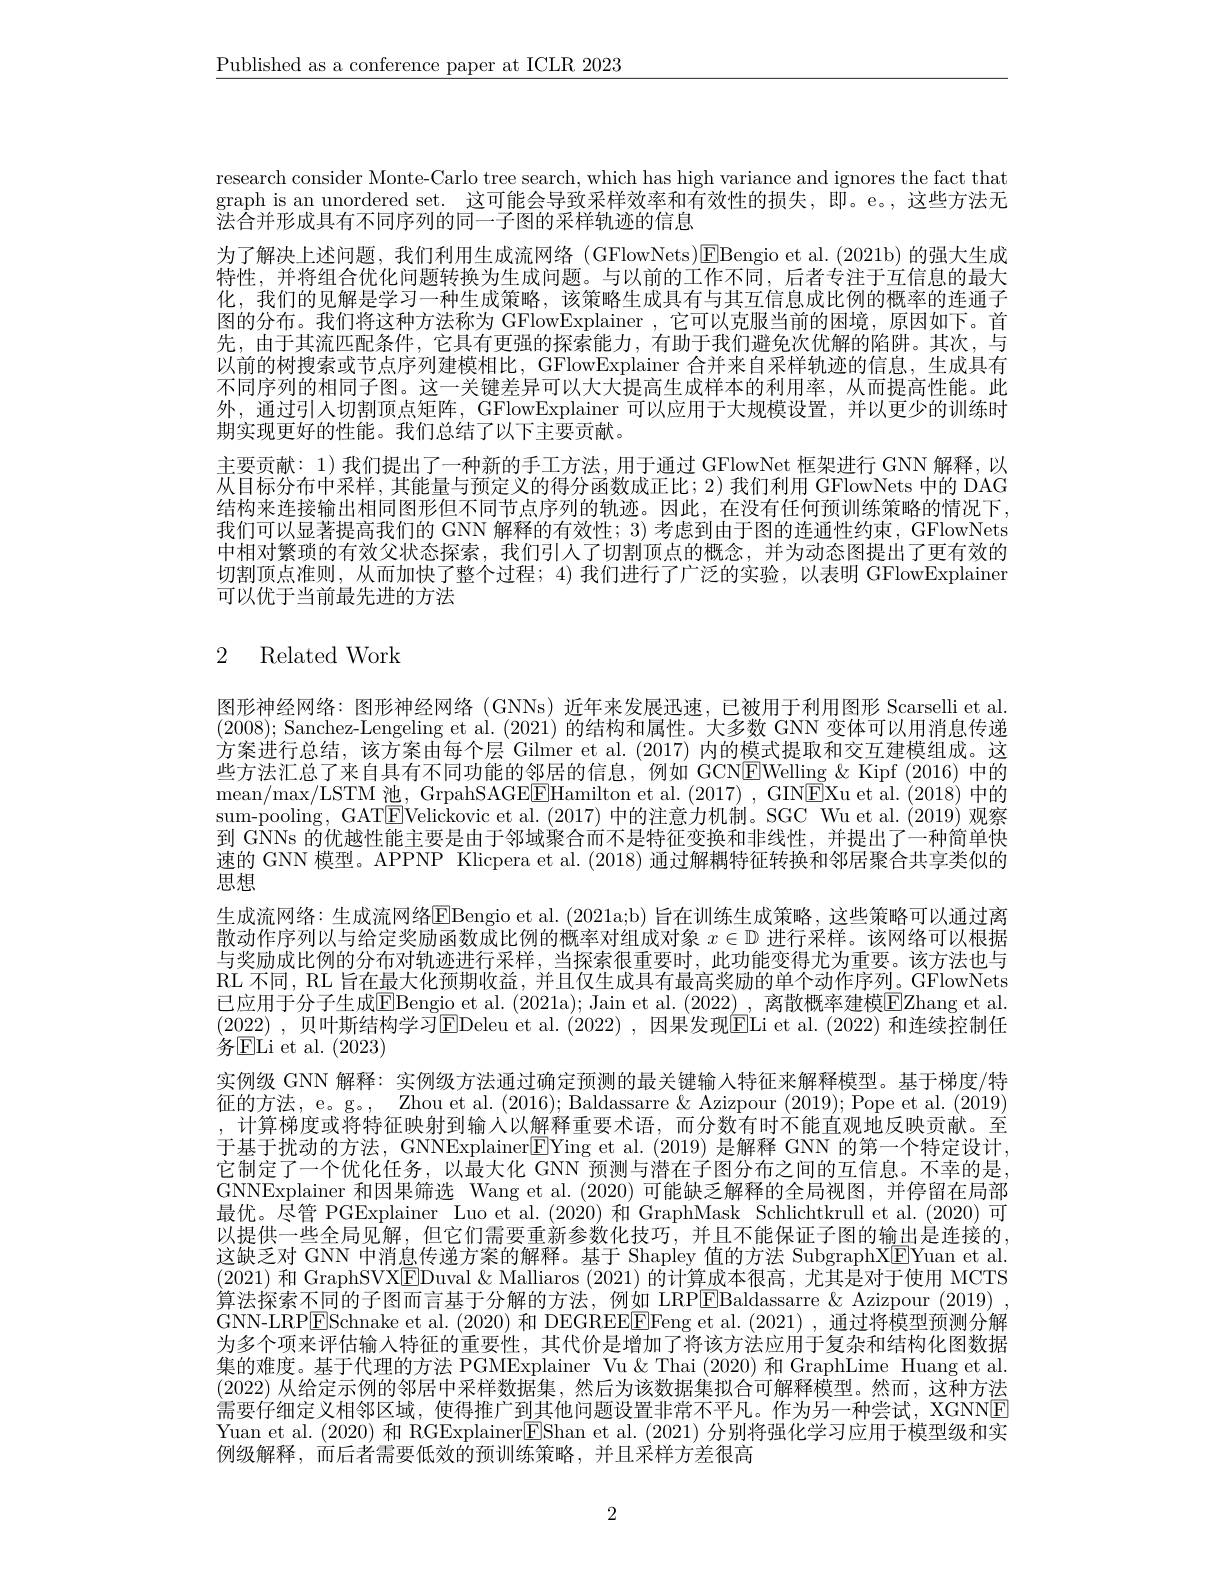
$\underline{\text{Published as a conference paper at ICLR 2023}}$

research consider Monte-Carlo tree search, which has high variance and ignores the fact that graph is an unordered set. 这可能会导致采样效率和有效性的损失，即。e。,这些方法无法合并形成具有不同序列的同一子图的采样轨迹的信息
为了解决上述问题，我们利用生成流网络(GFlowNets)$\boxed{\mathrm{E}}$Bengio et al.(2021b)的强大生成特性，并将组合优化问题转换为生成问题。与以前的工作不同，后者专注于互信息的最大化，我们的见解是学习一种生成策略，该策略生成具有与其互信息成比例的概率的连通子图的分布。我们将这种方法称为 GFlowExplainer ,它可以克服当前的困境，原因如下。首先，由于其流匹配条件，它具有更强的探索能力，有助于我们避免次优解的陷阱。其次，与以前的树搜索或节点序列建模相比，GFlowExplainer 合并来自采样轨迹的信息，生成具有不同序列的相同子图。这一关键差异可以大大提高生成样本的利用率，从而提高性能。此外，通过引人切割顶点矩阵，GFlowExplainer 可以应用于大规模设置，并以更少的训练时期实现更好的性能。我们总结了以下主要贡献。
主要贡献：1) 我们提出了一种新的手工方法，用于通过 GFlowNet 框架进行 GNN 解释，以从目标分布中采样，其能量与预定义的得分函数成正比；2)我们利用 GFlowNets 中的 DAG 结构来连接输出相同图形但不同节点序列的轨迹。因此，在没有任何预训练策略的情况下， 我们可以显著提高我们的 GNN 解释的有效性；3) 考虑到由于图的连通性约束，GFlowNets 中相对繁琐的有效父状态探索，我们引人了切割顶点的概念，并为动态图提出了更有效的切割顶点准则，从而加快了整个过程；4) 我们进行了广泛的实验，以表明 GFlowExplainer 可以优于当前最先进的方法

# 2 Related Work

图形神经网络：图形神经网络(GNNs)近年来发展迅速，已被用于利用图形 Scarselli et al. (2008); Sanchez-Lengeling et al. (2021) 的结构和属性。大多数 GNN 变体可以用消息传递方案进行总结，该方案由每个层 Gilmer et al. (2017) 内的模式提取和交互建模组成。这些方法汇总了来自具有不同功能的邻居的信息，例如 GCN$\boxed{\mathrm{F}}$Welling &Kipf (2016) 中的mean/ max/ LSTM池，GrpahSAGEE$\boxed{\mathrm{Hamilton~et~al.~(2017)~,~GINEXu~et~al.~(2018)~中的}}$ sum-pooling, GAT$\overline\overline{\text{E}}$Velickovic et al.(2017) 中的注意力机制。SGC Wu et al.(2019) 观察到 GNNs 的优越性能主要是由于邻域聚合而不是特征变换和非线性，并提出了一种简单快速的 GNN 模型。APPNP Klicpera et al. (2018)通过解耦特征转换和邻居聚合共享类似的思想
生成流网络：生成流网络EBengio et al. (2021a;b) 旨在训练生成策略，这些策略可以通过离散动作序列以与给定奖励函数成比例的概率对组成对象$x\in\mathbb{D}$进行采样。该网络可以根据与奖励成比例的分布对轨迹进行采样，当探索很重要时，此功能变得尤为重要。该方法也与RL 不同，RL 旨在最大化预期收益，并且仅生成具有最高奖励的单个动作序列。GFlowNets 已应用于分子生成$\boxed{\mathrm{E}}$Bengio et al. (2021a); Jain et al. (2022), 离散概率建模$\boxed{\mathrm{E}}$Zhang et al. (2022) ,贝叶斯结构学习$\overline\text{EDeleu et al.(2022),因果发现}\overline{\mathrm{EILi~et~al.(2022)}}$ 和连续控制任务ELi et al. (2023)
实例级 GNN 解释：实例级方法通过确定预测的最关键输入特征来解释模型。基于梯度/特征的方法，e。g。, Zhou et al. (2016); Baldassarre & Azizpour (2019); Pope et al. (2019) ,计算梯度或将特征映射到输人以解释重要术语，而分数有时不能直观地反映贡献。至于基于扰动的方法，GNNExplainer$\boxed{\mathrm{F}}$Ying et al.(2019)是解释 GNN 的第一个特定设计， 它制定了一个优化任务，以最大化 GNN 预测与潜在子图分布之间的互信息。不幸的是GNNExplainer 和因果筛选 Wang et al. (2020)可能缺乏解释的全局视图，并停留在局部最优。尽管 PGExplainer Luo et al.(2020) 和 GraphMask Schlichtkrull et al.(2020)可以提供一些全局见解，但它们需要重新参数化技巧，并且不能保证子图的输出是连接的， 这缺乏对 GNN 中消息传递方案的解释。基于 Shapley 值的方法 SubgraphX$\underline{\mathrm{F}}$Yuan et al. (2021)和 GraphSVX$\underline{\mathrm{E}}$Duval&Malliaros (2021)的计算成本很高，尤其是对于使用 MCTS 算法探索不同的子图而言基于分解的方法，例如 LRP$\boxed{\mathrm{E}}$Baldassarre &Azizpour (2019) . GNN-LRP$\boxed{\mathrm{E}}$Schnake et al.(2020) 和 DEGREEEFFeng et al.(2021), 通过将模型预测分解为多个项来评估输人特征的重要性，其代价是增加了将该方法应用于复杂和结构化图数据集的难度。基于代理的方法 PGMExplainer Vu& Thai (2020) 和 GraphLime Huang et al. (2022)从给定示例的邻居中采样数据集，然后为该数据集拟合可解释模型。然而，这种方法需要仔细定义相邻区域，使得推广到其他问题设置非常不平凡。作为另一种尝试，XGNNE Yuan et al. (2020) 和 RGExplainer$\boxed{\mathrm{F}}$Shan et al. (2021) 分别将强化学习应用于模型级和实例级解释，而后者需要低效的预训练策略，并且采样方差很高

2